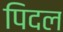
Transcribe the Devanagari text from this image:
पिदल